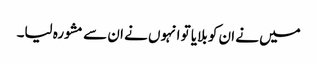
میں نے ان کو بلایا تو انہوں نے ان سے مشورہ لیا۔